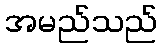
အမည်သည်